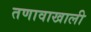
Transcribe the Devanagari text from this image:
तणावाखाली